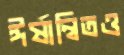
ঈর্ষান্বিতও